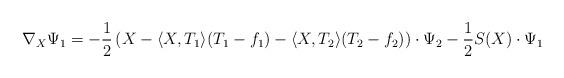
LaTeX: \begin{align*}\nabla_X\Psi_1=-\frac{1}{2}\left(X-\langle X,T_1\rangle (T_1-f_1)-\langle X,T_2\rangle (T_2-f_2)\right)\cdot\Psi_2-\frac{1}{2}S(X)\cdot\Psi_1\end{align*}